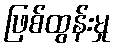
ဖြစ်ထွန်းမှု